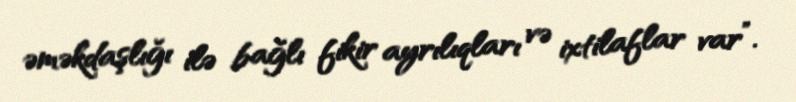
əməkdaşlığı ilə bağlı fikir ayrılıqları və ixtilaflar var”.